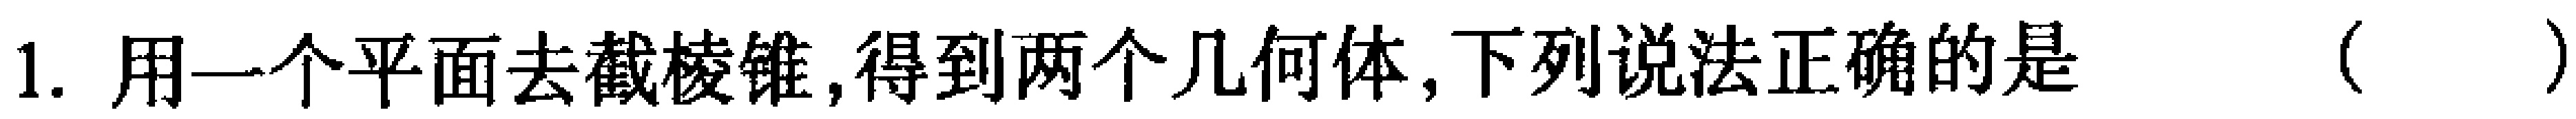
1. 用一个平面去截棱锥,得到两个几何体,下列说法正确的是 （  ）